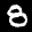
Label: 8